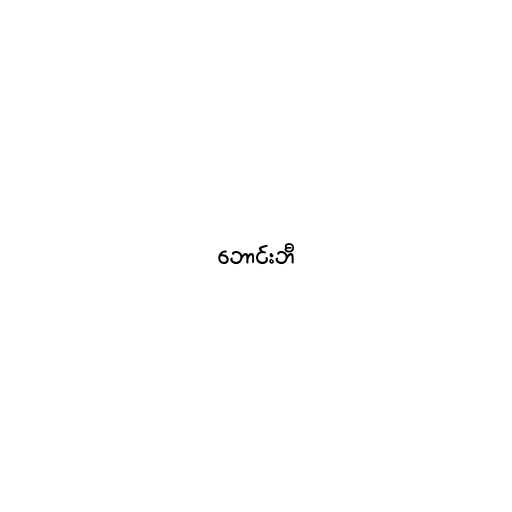
ဘောင်းဘီ